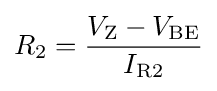
R_{\text{2}}={\frac {V_{\text{Z}}-V_{\text{BE}}}{I_{\text{R2}}}}